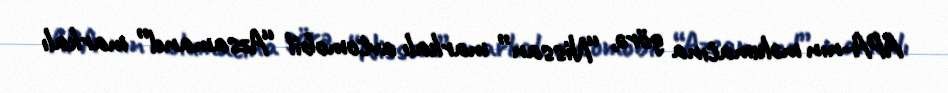
APA-nın məlumatına görə, “Nissan” markalı avtomobil “Azsamand” markalı